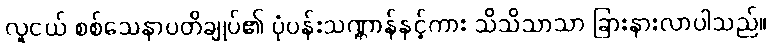
လူငယ် စစ်သေနာပတိချုပ်၏ ပုံပန်းသဏ္ဌာန်နှင့်ကား သိသိသာသာ ခြားနားလာပါသည်။